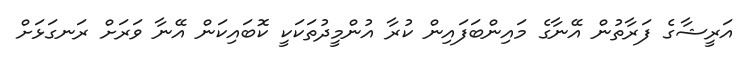
އަރީޝާގެ ފަރާތުން އޭނާގެ މައިންބަފައިން ކުރާ އުންމީދުތަކަކީ ކޮބައިކަން އޭނާ ވަރަށް ރަނގަޅަށް